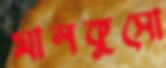
মানকুসো